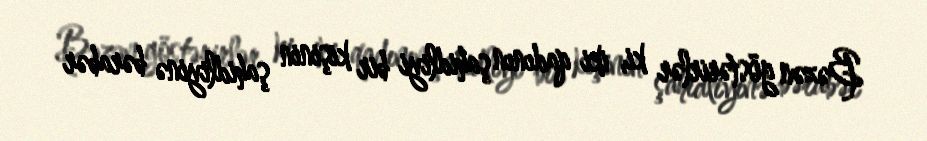
Bəzən göstərirlər ki, iki qadının şahidliyi bir kişinin şahidliyinə bərabər